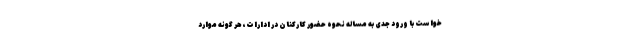
خواست با ورود جدی به مساله نحوه حضور کارکنان در ادارات، هر گونه موارد